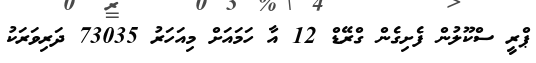
ޕްރީ ސްކޫލުން ފެށިގެން ގްރޭޑް 12 އާ ހަމައަށް މިއަހަރު 73035 ދަރިވަރަކު